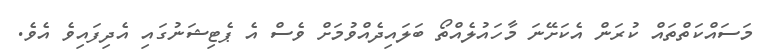
މަސައްކަތްތައް ކުރަން އެކަށޭނަ މާހައުލެއްތޯ ބަލައިދެއްވުމަށް ވެސް އެ ޕެޓިޝަނުގައި އެދިފައިވެ އެވެ.